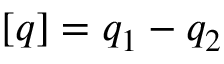
[ q ] = q _ { 1 } - q _ { 2 }